Mediterranean fever in India - Number 22
Disease focus: Fever
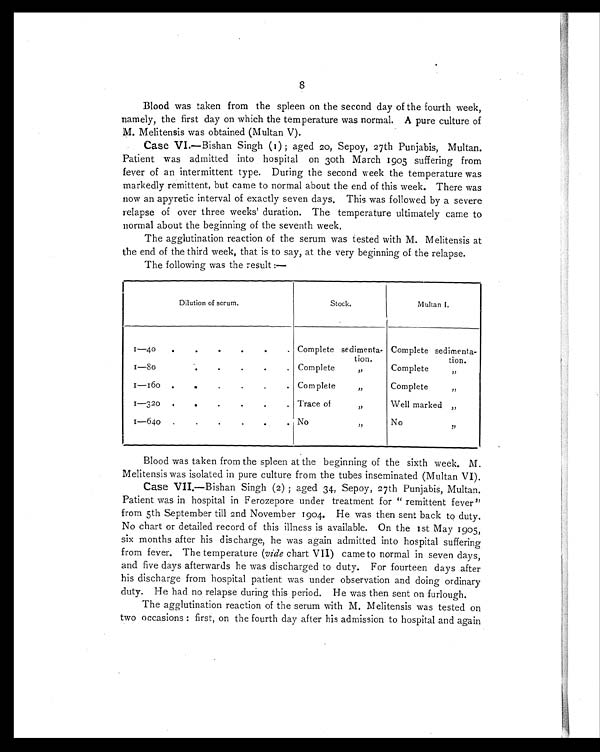
8
Blood was taken from the spleen on the second day of the fourth week,
namely, the first day on which the temperature was normal. A pure culture of
M. Melitensis was obtained (Multan V).
Case VI.—Bishan Singh (1); aged 20 , Sepoy, 27th Punjabis, Multan.
Patient was admitted into hospital on 3oth March 1905 suffering from
fever of an intermittent type. During the second week the temperature was
markedly remittent, but came to normal about the end of this week. There was
now an apyretic interval of exactly seven days. This was followed by a severe
relapse of over three weeks' duration. The temperature ultimately came to
normal about the beginning of the seventh week,
T6he agglutination reaction of the serum was tested with M. Melitensis at
the end of the third week, that is to say, at the very beginning of the relapse.
The following was the result:—
Dilution of serum.
Stock.
Multan I.
1—40
•
•
°
.
Complete sedimenta
-tion.
Complete sedimenta-
tion.
1 — 8 0
.
.
Complete ,,
Complete ,,
1—160
.
.
. Complete ,,
Complete ,,
1 — 3 2 0
. . .
Trace of ,,
Well marked ,,
1 — 6 4 0
. .
No ,,
No ,,
Blood was taken from the spleen at the beginning of the sixth week. M.
Melitensis was isolated in pure culture from the tubes inseminated (Multan VI).
Case VII.—Bishan Singh (2); aged 34, Sepoy, 27th Punjabis, Multan.
Patient was in hospital in Ferozepore under treatment for " remittent fever"
from 5th September till 2nd November 1904. He was then sent back to duty.
No chart or detailed record of this illness is available. On the 1st May 1905,
six months after his discharge, he was again admitted into hospital suffering
from fever. The temperature (vide chart VII) came to normal in seven days,
and five days afterwards he was discharged to duty. For fourteen days after
his discharge from hospital patient was under observation and doing ordinary
duty. He had no relapse during this period. He was then sent on furlough.
The agglutination reaction of the serum with M. Melitensis was tested on
two occasions: first, on the fourth day after his admission to hospital and again